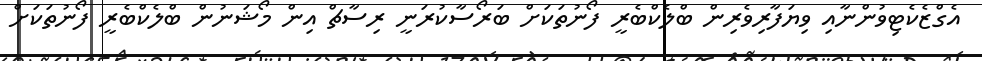
އެގްޒެކެޓިވުންނާއި ވިޔަފާރިވެރިން ބްލެކްބެރީ ފޯނުތަކަށް ބަރޯސާކުރަނީ ރިސާޗް އިން މޯޝަނުން ބްލެކްބެރީ ފޯނުތަކަށް